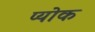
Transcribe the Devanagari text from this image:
प्योक